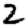
Digit: 2